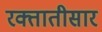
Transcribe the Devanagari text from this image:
रक्तातीसार